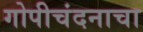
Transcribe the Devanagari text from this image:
गोपीचंदनाचा